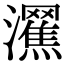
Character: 𤄩